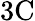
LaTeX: \mathrm{3C}